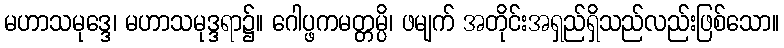
မဟာသမုဒ္ဒေ၊ မဟာသမုဒ္ဒရာ၌။ ဂေါပ္ဖကမတ္တမ္ပိ၊ ဖမျက် အတိုင်းအရှည်ရှိသည်လည်းဖြစ်သော။